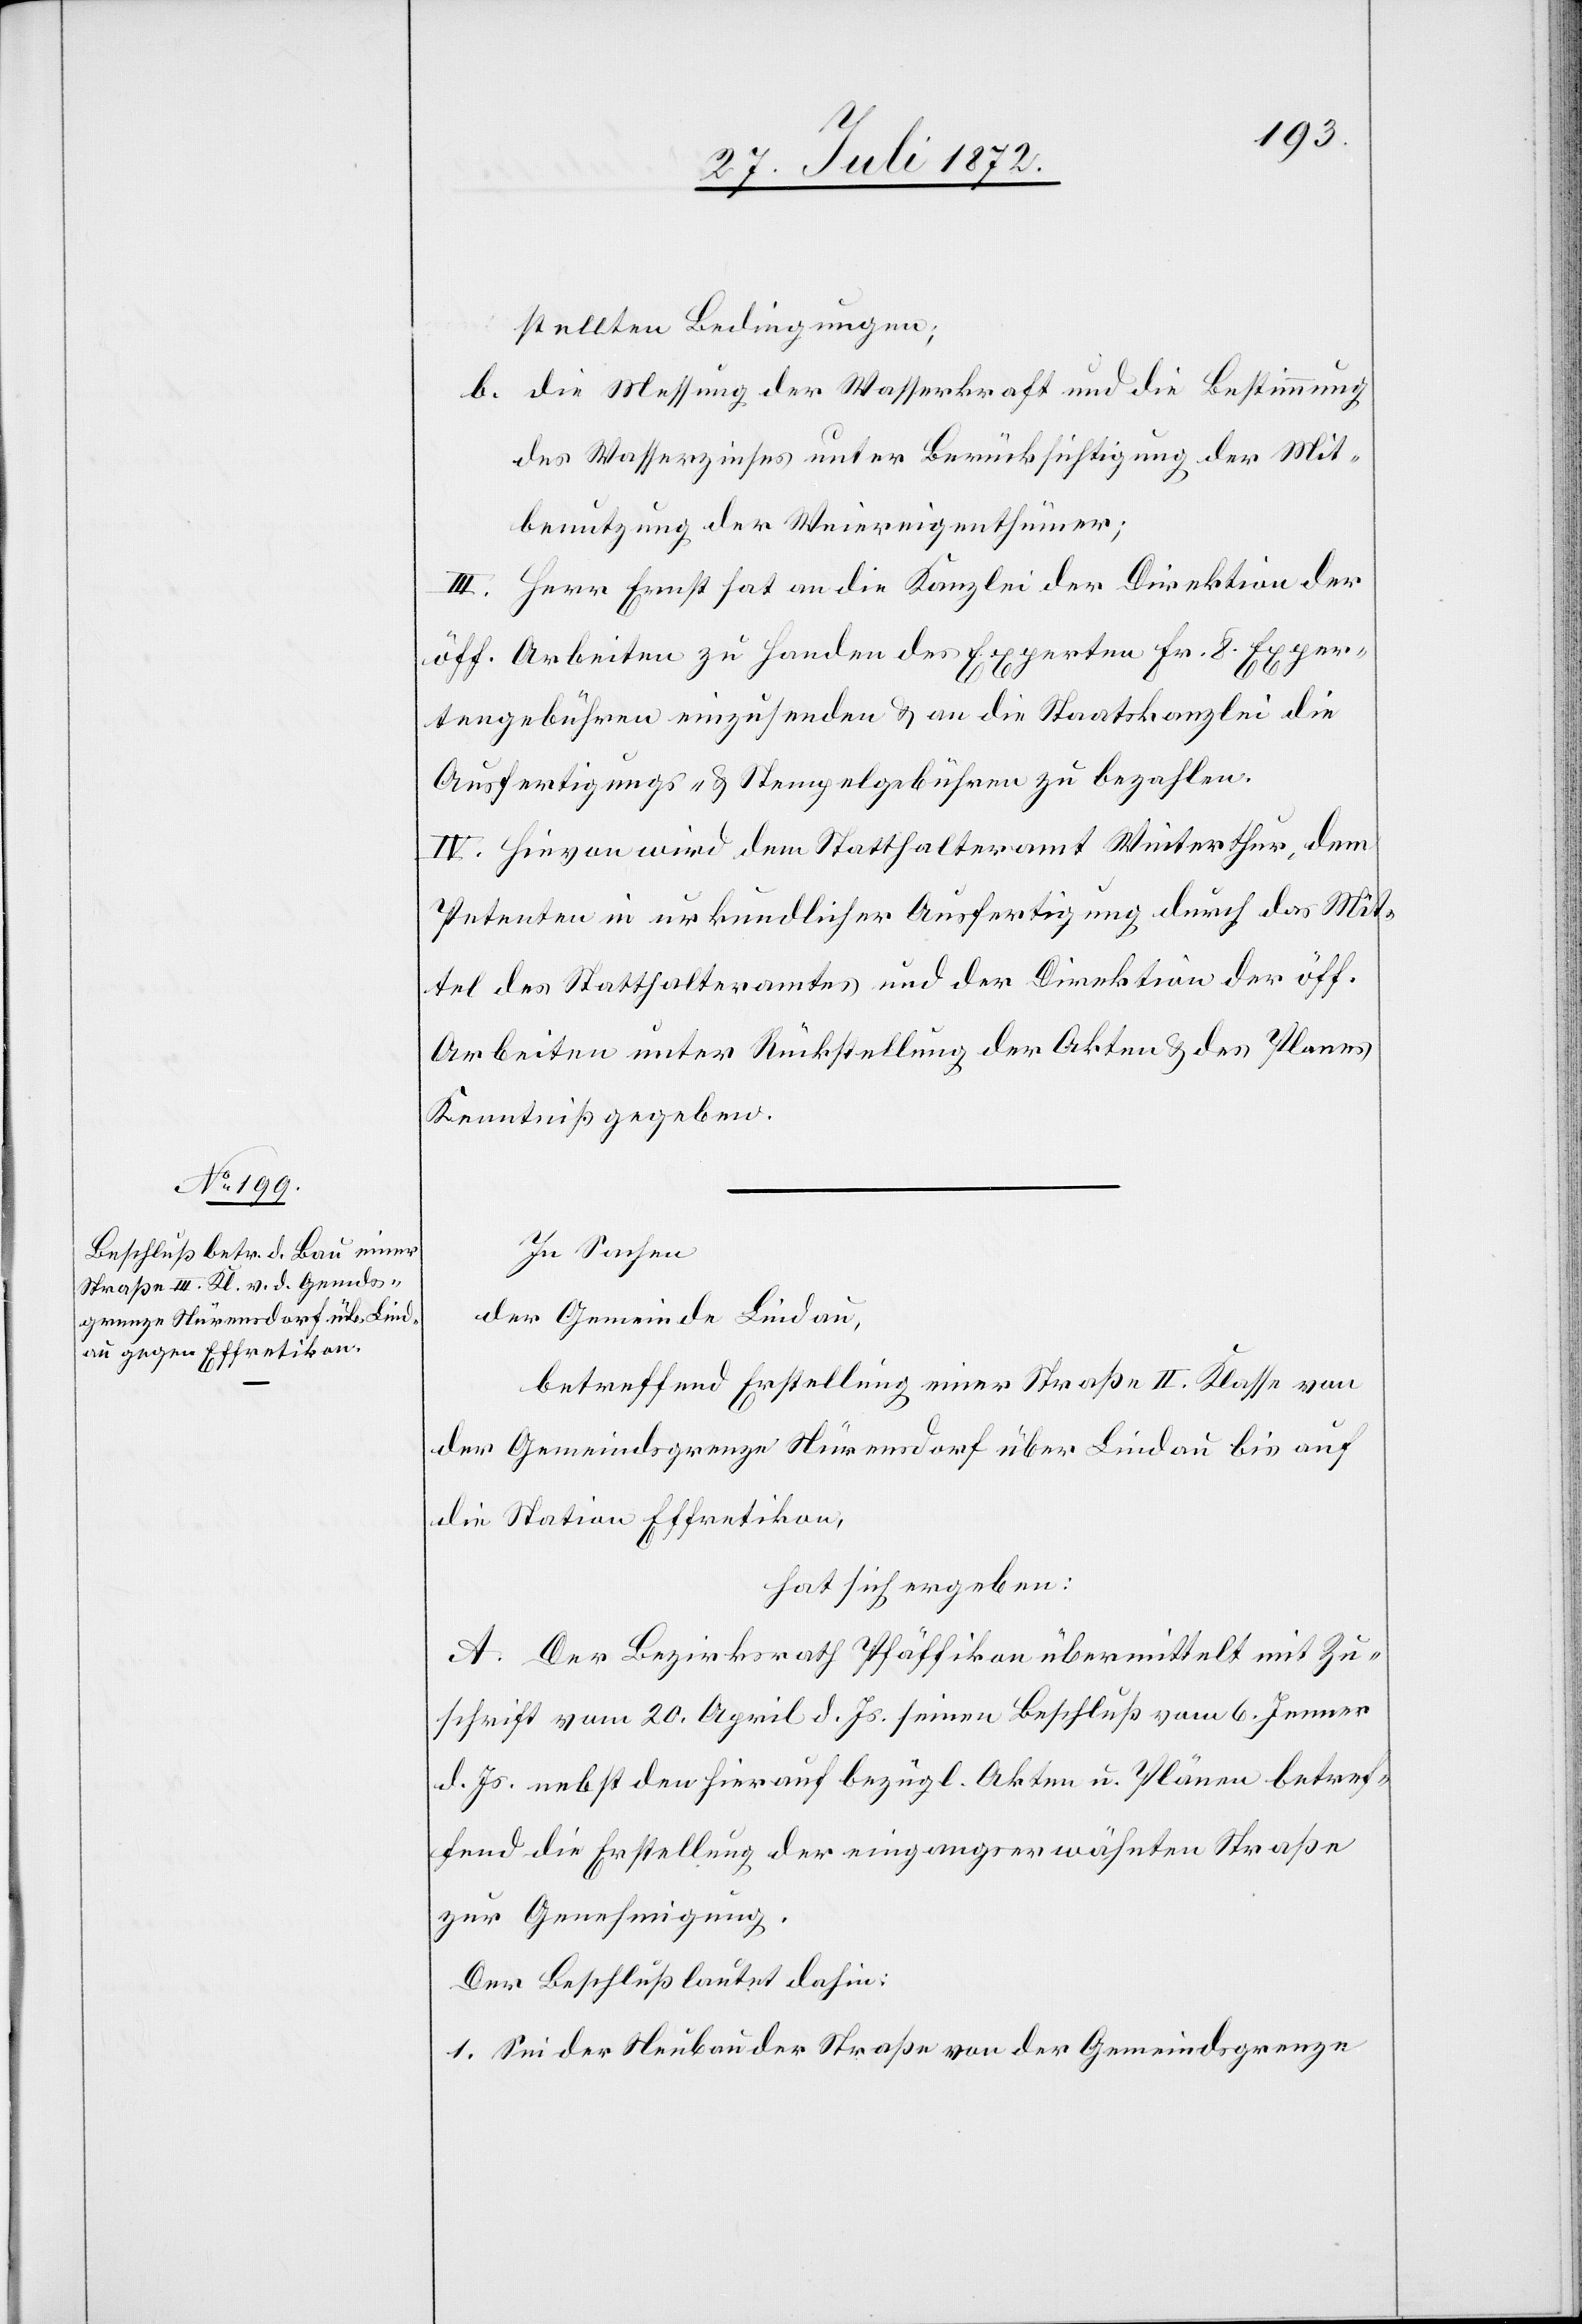
stellten Bedingungen;
b. die Messung der Wasserkraft und die Bestimmung
des Wasserzinses unter Berücksichtigung der Mit¬
benutzung der Weiereigenthümer;
III. Herr Ernst hat an die Kanzlei der Direktion der
öff. Arbeiten zu Handen des Experten Fr. 8 Exper¬
tengebühren einzusenden u. an die Staatskanzlei die
Ausfertigungs- u. Stempelgebühren zu bezahlen.
IV. Hievon wird dem Statthalteramt Winterthur, dem
Petenten in urkundlicher Ausfertigung durch das Mit¬
tel des Statthalteramtes und der Direktion der öff.
Arbeiten unter Rückstellung der Akten u. des Planes
Kenntniß gegeben.
In Sachen
der Gemeinde Lindau,
betreffend Erstellung einer Straße II. Klasse von
der Gemeindsgrenze Nürensdorf über Lindau bis auf
die Station Effretikon,
hat sich ergeben:
A. Der Bezirksrath Pfäffikon übermittelt mit Zu¬
schrift vom 20. April d. Js. seinen Beschluß vom 6. Jenner
d. Js. nebst den hierauf bezügl. Akten u. Plänen betref¬
fend die Erstellung der eingangserwähnten Straße
zur Genehmigung.
Der Beschluß lautet dahin:
1. Sei der Neubau der Straße von der Gemeindsgrenze